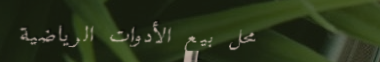
محل بيع الأدوات الرياضية